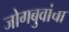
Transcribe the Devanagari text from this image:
जोगबुवांचा